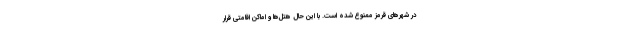
در شهرهای قرمز ممنوع شده است. با این حال هتل‌ها و اماکن اقامتی قرار